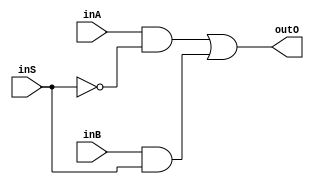
module mux21 (inA, inB, inS, outO);
//Performance Cost: #9

input wire inA, //data wire A
	inB, //data wire B
	inS; //selector wire
wire Snot; //transition from not to in1 input
wire T1, T2; //transition wires from nand to or gate
output wire outO;
	//O = A if S = 0
	//O = B if S = 1
not #1 (Snot, inS);
and #4 (T1, inA, Snot); //inA nand
and #4 (T2, inB, inS); //inB nand
or #4 (outO, T1, T2); //outO or

endmodule //mux21